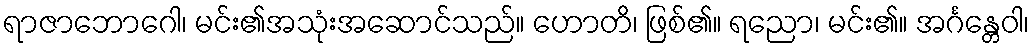
ရာဇာဘောဂေါ၊ မင်း၏အသုံးအဆောင်သည်။ ဟောတိ၊ ဖြစ်၏။ ရညော၊ မင်း၏။ အင်္ဂန္တေဝါ၊